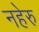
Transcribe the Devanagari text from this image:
नहेरु